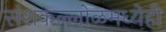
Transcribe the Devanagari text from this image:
संशकल्लोळमध्येही